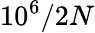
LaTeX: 10^{6}/2N